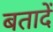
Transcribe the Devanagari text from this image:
बतादें